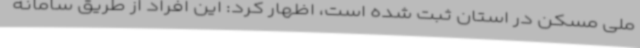
ملی مسکن در استان ثبت شده است، اظهار کرد: این افراد از طریق سامانه